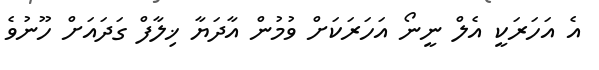
އެ އަހަރަކީ އެލް ނީނޯ އަހަރަކަށް ވުމުން އާދަޔާ ޚިލާފް ގަދައަށް ހޫނުވެ